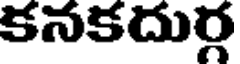
కనకదుర్గ